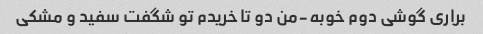
براری گوشی دوم خوبه-من دو تا خریدم تو شگفت سفید و مشکی